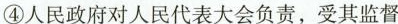
④人民政府对人民代表大会负责，受其监督